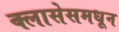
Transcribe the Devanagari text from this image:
क्लासेसमधून